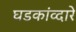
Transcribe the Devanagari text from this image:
घडकांव्दारे